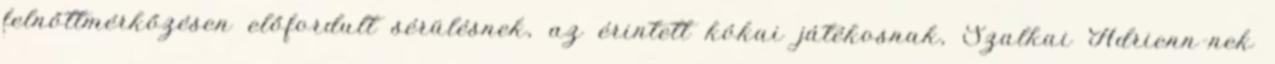
felnőttmérkőzésen előfordult sérülésnek, az érintett kókai játékosnak, Szalkai Adrienn-nek